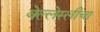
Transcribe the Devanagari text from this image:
वेल्लेस्लीचा